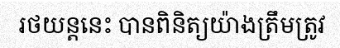
រថយន្តនេះ បានពិនិត្យយ៉ាងត្រឹមត្រូវ